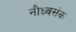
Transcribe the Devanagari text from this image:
नौध्वसंक